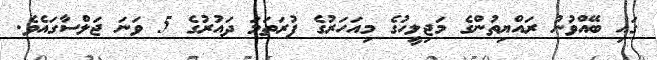
ގައި ބޭއްވުނު ރައްޔިތުންގެ މަޖިލީހުގެ މިއަހަރުގެ ފުރަތަމަ ދައުރުގެ 5 ވަނަ ޖަލްސާގައެވެ.